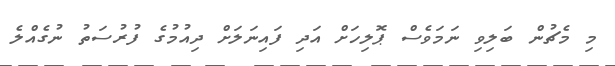
މި މެޗުން ބަލިވި ނަމަވެސް ޕޮލިހަށް އަދި ފައިނަލަށް ދިއުމުގެ ފުރުސަތު ނުގެއްލެ